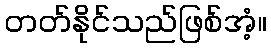
တတ်နိုင်သည်ဖြစ်အံ့။